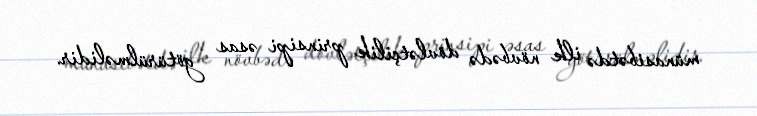
münasibətdə ilk növbədə dövlətçilik prinsipi əsas götürülməlidir.